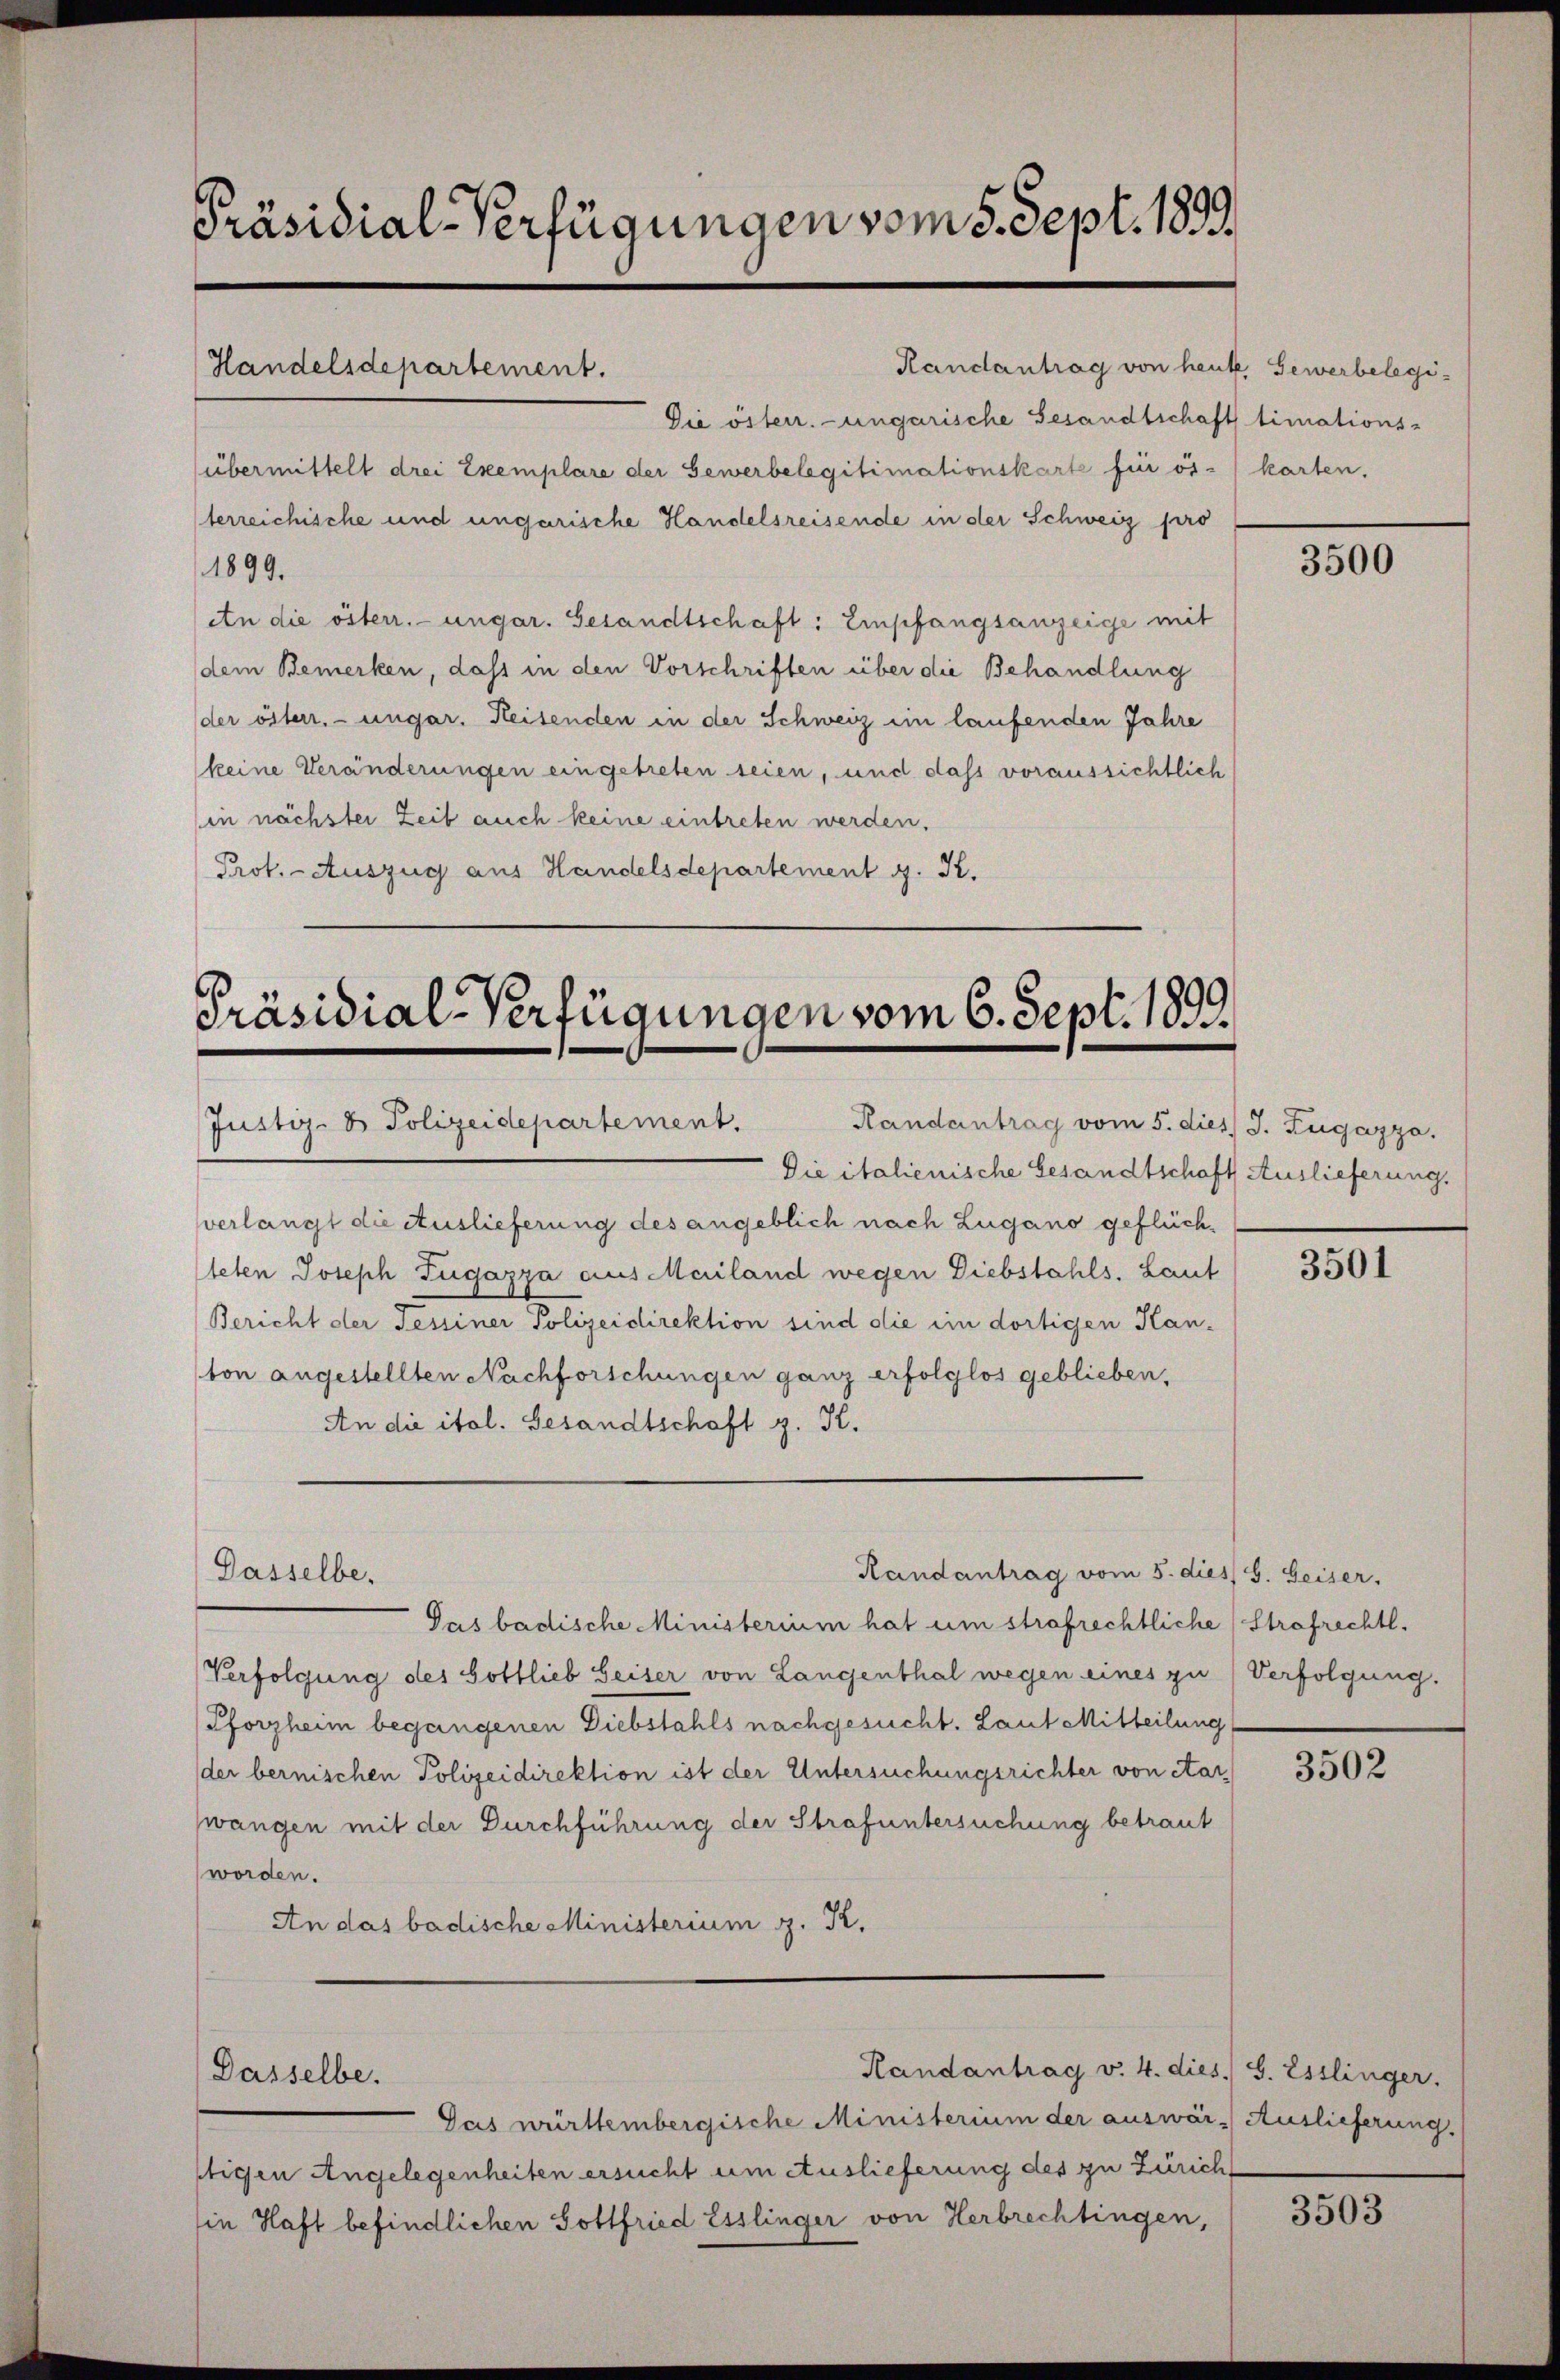
Präsidial-Verfügungen vom 5. Sept. 1859.

Handelsdepartement.

Randantrag von heute Gewerbelegi¬
Die österr.-ungarische Gesandtschaft timations-
übermittelt drei Exemplare der Gewerbelegitimationskarte für ös-
terreichische und ungarische Handelsreisende in der Schweiz pro
1899.
An die österr. ungar. Gesandtschaft: Empfangsanzeige mit
dem Bemerken, dass in den Vorschriften über die Behandlung
der österr. ungar. Heisenden in der Schweiz im laufenden Jahre
keine Veränderungen eingetreten seien, und dass voraussichtlich
in nächster Zeit auch keine eintreten werden,
Prot. - Auszug aus Handelsdepartement g. K.

Präsidial-Verfügungen vom 6. Sept. 1899.
Justiz- & Polizeidepartement. Randantrag vom 5. dies J. Zugazza.

Die italienische Gesandtschaft Auslieferung.
verlangt die Auslieferung des angeblich nach Lugano geflüchteten Joseph Tugazza aus Mailand wegen Diebstahls, Laut
Bericht der Tessiner Polizeidirektion sind die im dortigen Kanton angestellten Nachforschungen ganz erfolglos geblieben,
An die ital. Gesandtschaft z. K.

Dasselbe,

Dasselbe.

Randantrag vom 5. dies s. Geiser,

Handantrag v. 4. dies. S. Esslinger.

Gas württembergische Ministerium der auswär- Auslieferung.
stigen Angelegenheiten ersucht um Auslieferung des zu Zürich
in Haft befindlichen Gottfried Esslinger von Herbrechtingen,

karten.

Das badische Ministerium hat um strafrechtliche Strafrechtl.
Verfolgung des Gottlieb Seiser von Langenthal wegen eines zu Verfolgung.
Pforzheim begangenen Diebstahls nachgesucht. Laut Mitteilung
der bernischen Polizeidirektion ist der Untersuchungsrichter von etar
wangen mit der Durchführung der Strafuntersuchung betraut
worden.
An das badische Ministerium g. Kr.

3500

3501

3502

3503